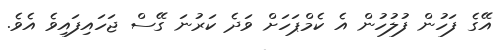
އޭގެ ފަހުން ފުލުހުން އެ ކެމްޕަހަށް ވަދެ ކަރުނަ ގޭސް ޖަހައިފައިވެ އެވެ.